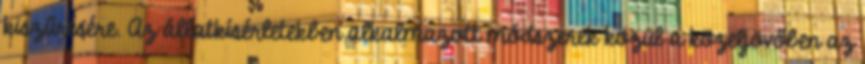
kiszűrésére. Az állatkísérletekben alkalmazott módszerek közül a közeljövőben az